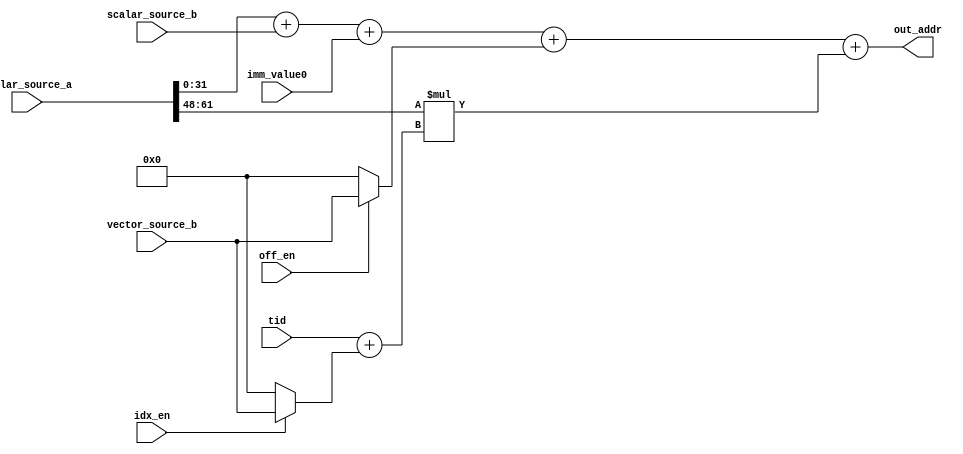
module mtbuf_addr_calc (
  out_addr,
  vector_source_b,
  scalar_source_a,
  scalar_source_b,
  imm_value0,
  idx_en,
  off_en,
  tid
);

output[31:0] out_addr;

input [31:0] vector_source_b;
input [127:0] scalar_source_a;
input [31:0] scalar_source_b;

input [15:0] imm_value0;

input idx_en;
input off_en;

input[5:0] tid;

`define BASE_VALUE scalar_source_a[47:0]
`define STRIDE_VALUE scalar_source_a[61:48]

wire[47:0] out_temp;

// Simplified equation is as follows:
// address = baseAddress + baseOffset + instrOffset + vectorOffset + stride * (vectorIndex + threadID)
assign out_temp = `BASE_VALUE + scalar_source_b + imm_value0 + (off_en ? {12'b0, vector_source_b} : 48'd0) + (`STRIDE_VALUE * (tid + (idx_en ? vector_source_b : 48'b0)));

assign out_addr = out_temp[31:0];

endmodule